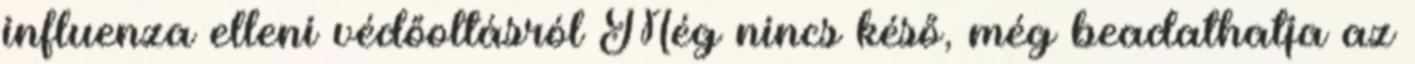
influenza elleni védőoltásról Még nincs késő, még beadathatja az